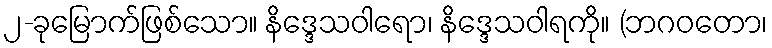
၂-ခုမြောက်ဖြစ်သော။ နိဒ္ဒေသဝါရော၊ နိဒ္ဒေသဝါရကို။ (ဘဂဝတော၊